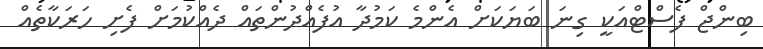
ބިންޖް ފެސްޓްއަކީ ގިނަ ބަޔަކަށް އެންމެ ކަމުދާ އުފެއްދުންތައް ދެއްކުމަށް ފެށި ހަރަކާތެއް